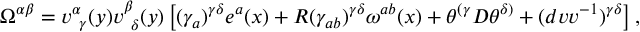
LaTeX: \Omega ^ { \alpha \beta } = v _ { ~ \gamma } ^ { \alpha } ( y ) v _ { ~ \delta } ^ { \beta } ( y ) \left[ ( \gamma _ { a } ) ^ { \gamma \delta } e ^ { a } ( x ) + R ( \gamma _ { a b } ) ^ { \gamma \delta } \omega ^ { a b } ( x ) + \theta ^ { ( \gamma } { \cal D } \theta ^ { \delta ) } + ( d v v ^ { - 1 } ) ^ { \gamma \delta } \right] ,